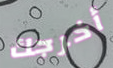
أخرجك